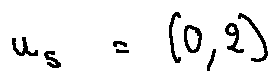
u _ { 5 } = ( 0 , 2 )